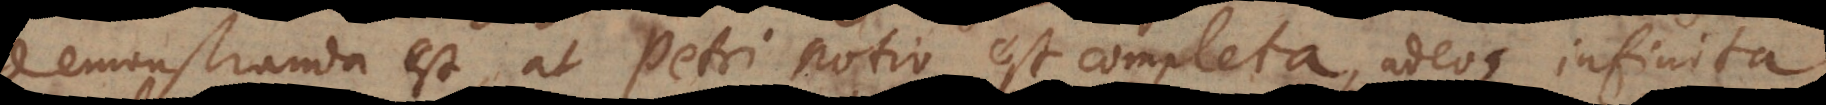
demonstranda est, at Petri notio est completa, adeoque infinita